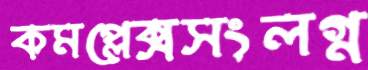
কমপ্লেক্সসংলগ্ন